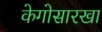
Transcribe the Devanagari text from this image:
केगोसारखा